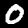
Digit: 0